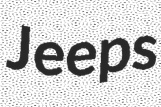
Jeeps